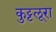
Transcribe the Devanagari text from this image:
कुट्टलूरा